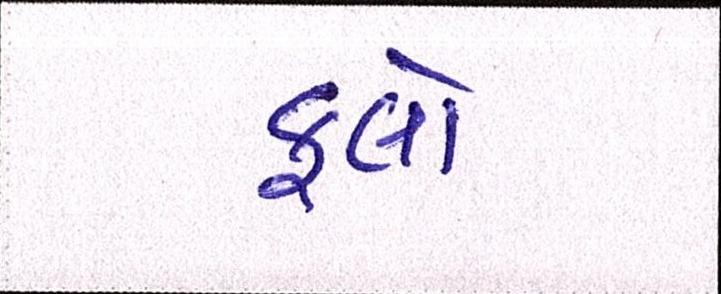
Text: ફ્લો